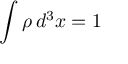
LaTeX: \int \rho \, d ^ { 3 } x = 1